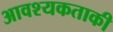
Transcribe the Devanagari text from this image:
आवश्‍यकताकी